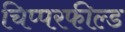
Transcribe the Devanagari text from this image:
चिप्परफील्ड